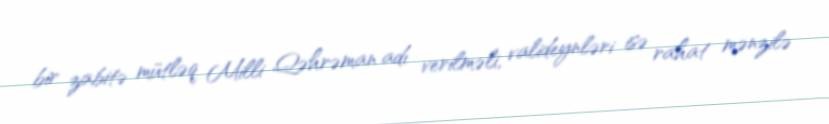
bir zabitə mütləq Milli Qəhrəman adı verilməli, valideynləri isə rahat mənzilə